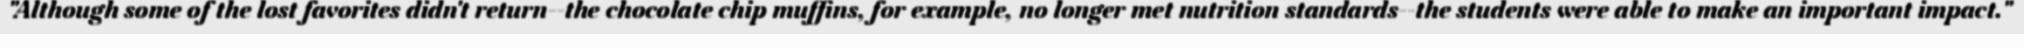
"Although some of the lost favorites didn't return--the chocolate chip muffins, for example, no longer met nutrition standards--the students were able to make an important impact."